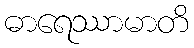
ဓာရေဿာမာတိ